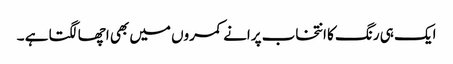
ایک ہی رنگ کا انتخاب پرانے کمروں میں بھی اچھا لگتا ہے ۔